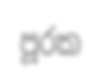
පූරක